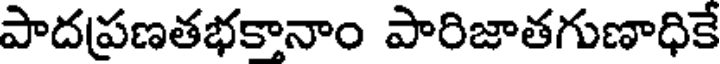
పాదప్రణతభకానాం పారిజాతగుణాధికే